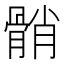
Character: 𩩓